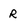
Character: r